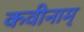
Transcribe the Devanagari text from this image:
कवीनाम्